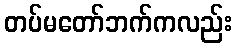
တပ်မတော်ဘက်ကလည်း